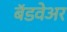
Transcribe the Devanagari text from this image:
बॅडवेअर